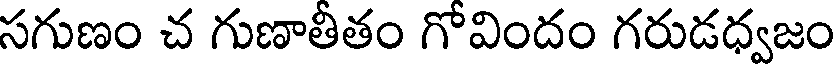
సగుణం చ గుణాతీతం గోవిందం గరుడధ్వజం